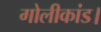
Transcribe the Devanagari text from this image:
गोलीकांड।